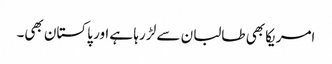
امریکا بھی طالبان سے لڑ رہا ہے اور پاکستان بھی۔